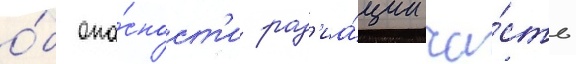
о́б опа́сност'и рад'иа́ции ча́сть